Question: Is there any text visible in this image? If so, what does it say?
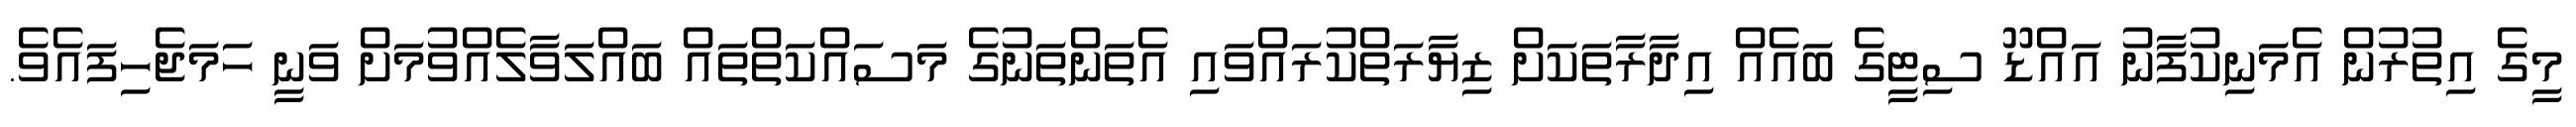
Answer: މީގެ އިތުރުން އެމަނިކުފާނު އައްޑޫ ސިޓީގެ ބައެއް އިދާރާތަކަށް ޒިޔާރަތްކުރައްވައި އެތަންތަނުގެ މަސައްކަތްތައް ބައްލަވާލެއްވުމަށް ވަނީ ހަމަޖެހިފައެވެ.